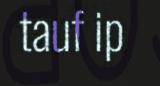
tauf ip